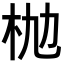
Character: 𣏫